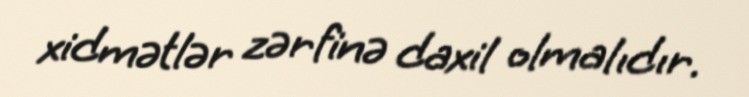
xidmətlər zərfinə daxil olmalıdır.